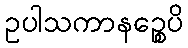
ဥပါသကာနဉ္စေပိ